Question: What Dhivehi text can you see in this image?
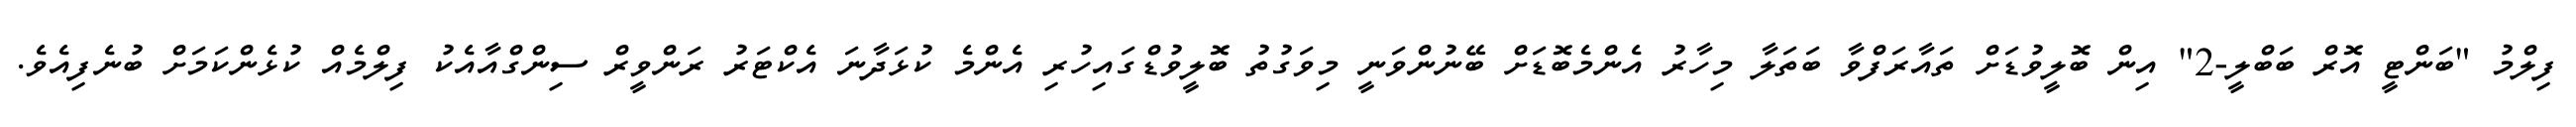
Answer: ފިލްމު "ބަންޓީ އޮރް ބަބްލީ-2" އިން ބޮލީވުޑަށް ތައާރަފްވާ ބަތަލާ މިހާރު އެންމެބޮޑަށް ބޭނުންވަނީ މިވަގުތު ބޮލީވުޑްގައިހުރި އެންމެ ކުޅަދާނަ އެކްޓަރު ރަންވީރް ސިންގްއާއެކު ފިލްމެއް ކުޅެންކަމަށް ބުނެފިއެވެ.